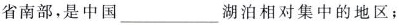
省南部，是中国___湖泊相对集中的地区；